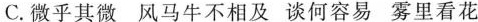
C.微乎其微 风马牛不相及 谈何容易 雾里看花